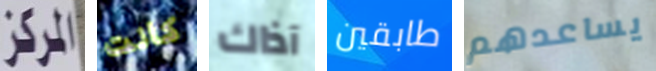
المركز كانت آذاك طابقين يساعدهم